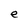
Character: e